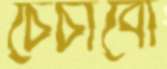
চেঁচাবো